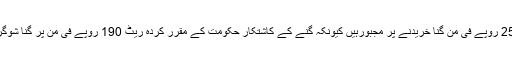
کسانوں سے شوگر ملیں 240 سے 250 روپے فی من گنا خریدنے پر مجبورہیں کیونکہ گنے کے کاشتکار حکومت کے مقرر کردہ ریٹ 190 روپے فی من پر گنا شوگر ملز کو فراہم کرنے سے انکاری ہیں۔